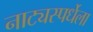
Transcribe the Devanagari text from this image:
नाट्यस्पर्धेला